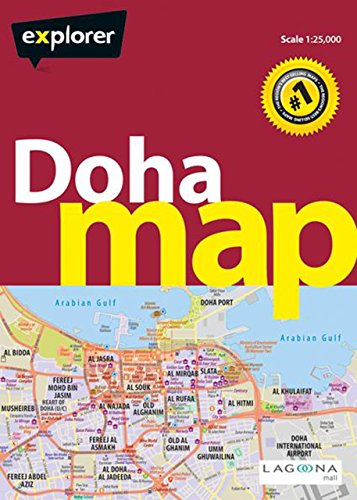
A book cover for Doha Map, 2nd (City Map); Explorer Publishing; Travel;